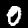
Digit: 0